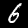
Digit: 6